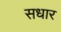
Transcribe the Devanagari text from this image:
सधार